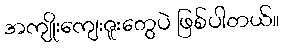
အကျိုးကျေးဇူးတွေပဲ ဖြစ်ပါတယ်။